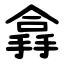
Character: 搻